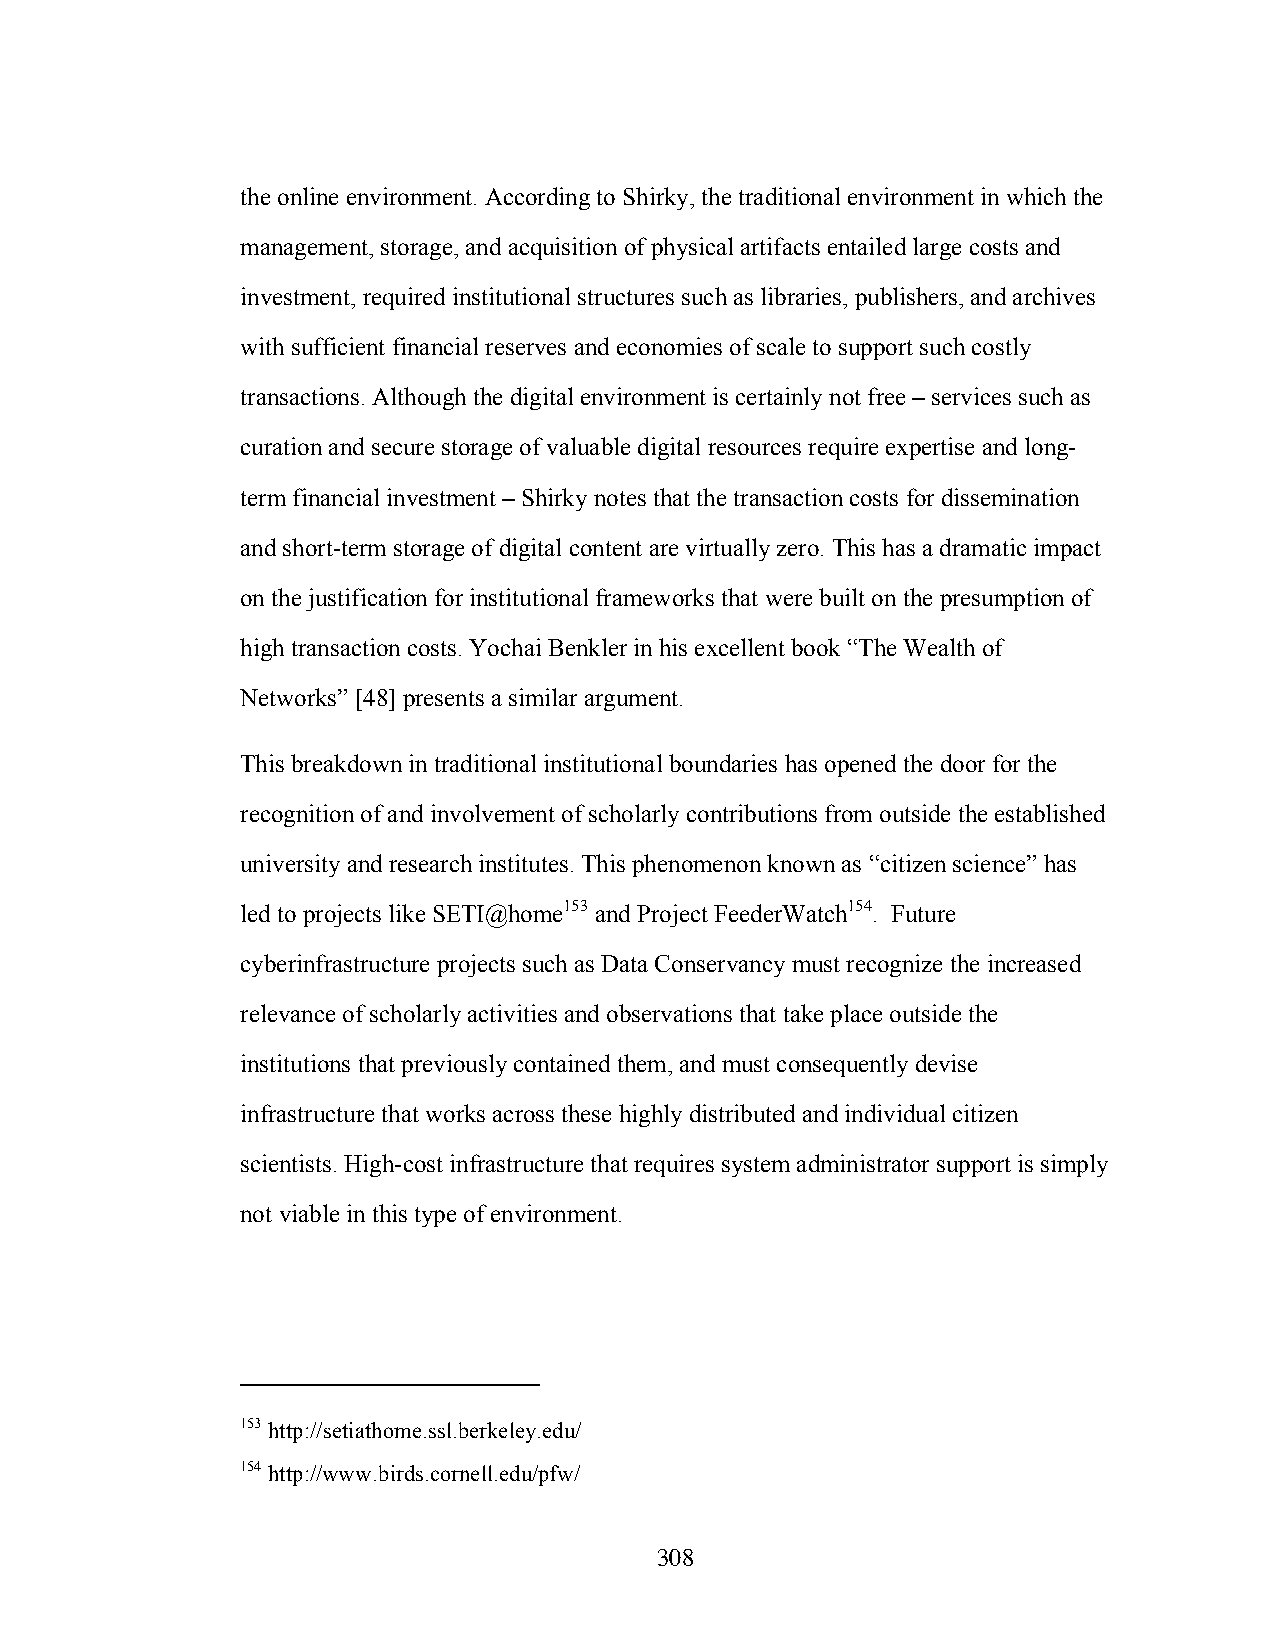
the online environment. According to Shirky, the traditional environment in which the
 management, storage, and acquisition of physical artifacts entailed large costs and
 investment, required institutional structures such as libraries, publishers, and archives
 with sufficient financial reserves and economies of scale to support such costly
 transactions. Although the digital environment is certainly not free – services such as
 curation and secure storage of valuable digital resources require expertise and long-
 term financial investment – Shirky notes that the transaction costs for dissemination
 and short-term storage of digital content are virtually zero. This has a dramatic impact
 on the justification for institutional frameworks that were built on the presumption of
 high transaction costs. Yochai Benkler in his excellent book “The Wealth of
 Networks” [48] presents a similar argument.
 This breakdown in traditional institutional boundaries has opened the door for the
 recognition of and involvement of scholarly contributions from outside the established
 university and research institutes. This phenomenon known as “citizen science” has
 led to projects like SETI@home153 and Project FeederWatch154. Future
 cyberinfrastructure projects such as Data Conservancy must recognize the increased
 relevance of scholarly activities and observations that take place outside the
 institutions that previously contained them, and must consequently devise
 infrastructure that works across these highly distributed and individual citizen
 scientists. High-cost infrastructure that requires system administrator support is simply
 not viable in this type of environment.
 153 http://setiathome.ssl.berkeley.edu/
 154 http://www.birds.cornell.edu/pfw/
 308